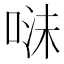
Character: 𭈣